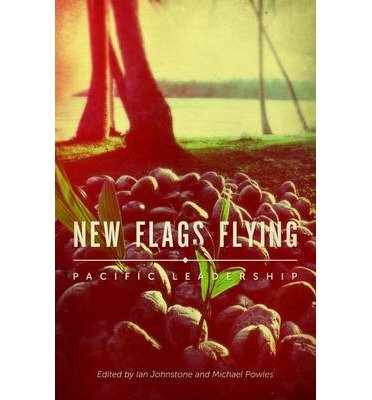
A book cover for New Flags Flying: Pacific Leadership; History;